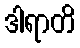
ဒါရာတိ